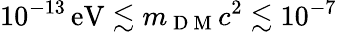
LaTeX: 10^{-13}\, \mathrm{eV}\lesssim m_{\mathrm{~D~M~}}c^{2}\lesssim 10^{-7}